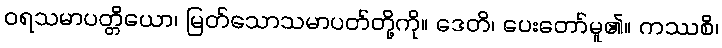
ဝရသမာပတ္တိယော၊ မြတ်သောသမာပတ်တို့ကို။ ဒေတိ၊ ပေးတော်မူ၏။ ကဿစိ၊